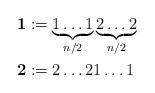
LaTeX: \begin{align*} \mathbf{1}&:=\underbrace{1\ldots 1}_{n/2}\underbrace{ 2\ldots 2}_{n/2}\\ \mathbf{2}&:=2\ldots 2 1\ldots 1 \end{align*}